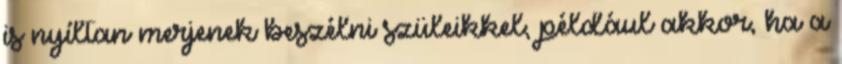
is nyíltan merjenek beszélni szüleikkel, például akkor, ha a